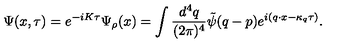
\Psi ( x , \tau ) = e ^ { - i K \tau } \Psi _ { \rho } ( x ) = \int \frac { d ^ { 4 } q } { ( 2 \pi ) ^ { 4 } } \tilde { \psi } ( q - p ) e ^ { i ( q \cdot x - \kappa _ { q } \tau ) } .